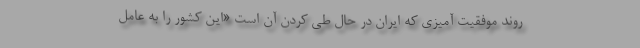
روند موفقیت آمیزی که ایران در حال طی کردن آن است «این کشور را به عامل